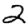
Digit: 2